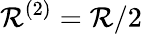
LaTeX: \mathcal{R}^{(2)}=\mathcal{R}/2